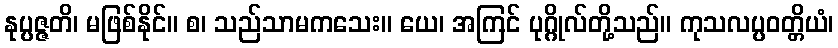
နုပ္ပဇ္ဇတိ၊ မဖြစ်နိုင်။ စ၊ သည်သာမကသေး။ ယေ၊ အကြင် ပုဂ္ဂိုလ်တို့သည်။ ကုသလပ္ပဝတ္တိယံ၊